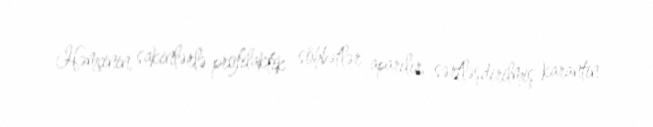
Həmçinin, sakinlərlə profilaktik söhbətlər aparılır, sərtləşdirilmiş karantin